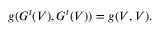
g ( G ^ { t } ( V ) , G ^ { t } ( V ) ) = g ( V , V ) .